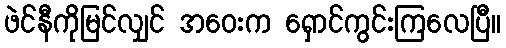
ဖဲင်နီကိုမြင်လျှင် အဝေးက ရှောင်ကွင်းကြလေပြီ။